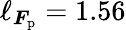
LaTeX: \ell_{\boldsymbol{F}_{\mathrm{p}}}=1.56